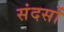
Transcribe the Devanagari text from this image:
संदसों